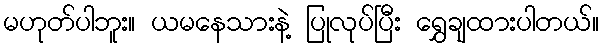
မဟုတ်ပါဘူး။ ယမနေသားနဲ့ ပြုလုပ်ပြီး ရွှေချထားပါတယ်။